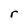
Character: r